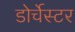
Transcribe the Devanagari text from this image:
डोर्चेस्टर